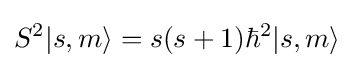
S^{2}|s,m\rangle =s(s+1)\hbar ^{2}|s,m\rangle